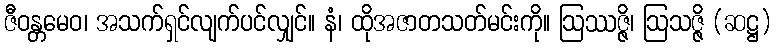
ဇီဝန္တမေဝ၊ အသက်ရှင်လျက်ပင်လျှင်။ နံ၊ ထိုအဇာတသတ်မင်းကို။ ဩဿဇ္ဇိ၊ ဩသဇ္ဇိ (ဆဋ္ဌ)